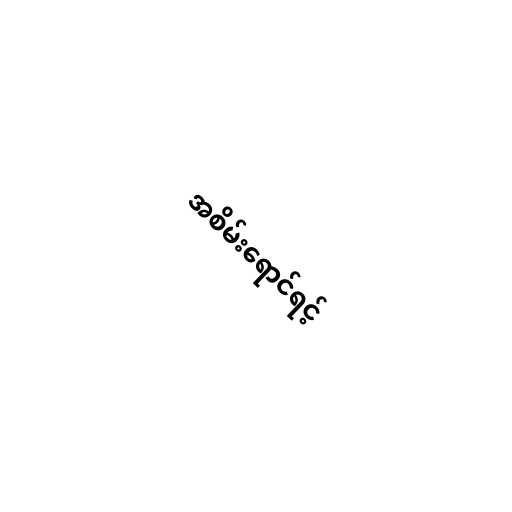
အစိမ်းရောင်ရင့်